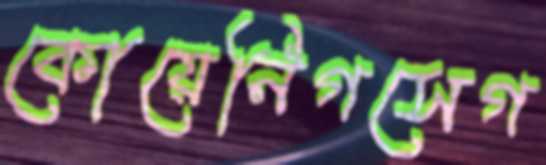
কোয়েনিগসেগ